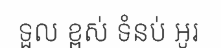
ទួល ខ្ពស់ ទំនប់ អូរ